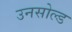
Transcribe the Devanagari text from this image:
उनसोल्ड